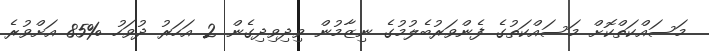
މަސައްކަތްކޮށް މަސައްކަތުގެ ފެންވަރުބެލުމުގެ ނިޒާމުން ވިދިވިދިގެން 2 އަހަރު ދުވަހު %85 އަށްވުރެ